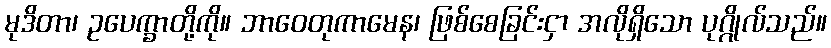
မုဒိတာ၊ ဥပေက္ခာတို့ကို။ ဘာဝေတုကာမေန၊ ဖြစ်စေခြင်းငှာ အလိုရှိသော ပုဂ္ဂိုလ်သည်။